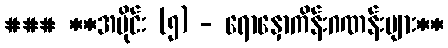
### **အပိုင်း (၅) - ရောနှောကိန်းဂဏန်းများ**